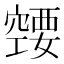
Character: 𰩚